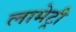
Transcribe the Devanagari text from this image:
लामेट्री